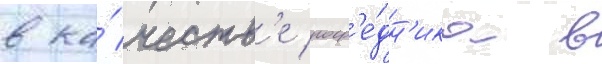
в ка́честв'е поср'е́дн'ика в